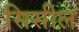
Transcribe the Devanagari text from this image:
सिसील